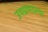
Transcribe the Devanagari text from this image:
उपप्रणाल्या